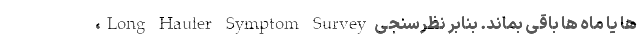
ها یا ماه ها باقی بماند. بنابر نظرسنجی Long Hauler Symptom Survey،